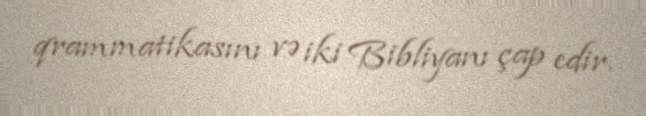
qrammatikasını və iki Bibliyanı çap edir.